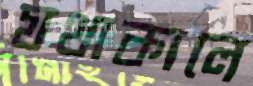
যথাকালে